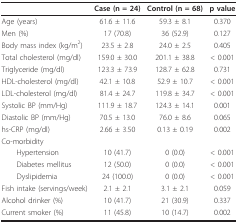
<table><thead><tr><td></td><td><b>Case (n = 24)</b></td><td><b>Control (n = 68)</b></td><td><b>p value</b></td></tr></thead><tbody><tr><td>Age (years)</td><td>61.6 ± 11.6</td><td>59.3 ± 8.1</td><td>0.370</td></tr><tr><td>Men (%)</td><td>17 (70.8)</td><td>36 (52.9)</td><td>0.127</td></tr><tr><td>Body mass index (kg/m<sup>2</sup>)</td><td>23.5 ± 2.8</td><td>24.0 ± 2.5</td><td>0.405</td></tr><tr><td>Total cholesterol (mg/dl)</td><td>159.0 ± 30.0</td><td>201.1 ± 38.8</td><td>&lt; 0.001</td></tr><tr><td>Triglyceride (mg/dl)</td><td>123.3 ± 73.9</td><td>128.7 ± 62.8</td><td>0.731</td></tr><tr><td>HDL-cholesterol (mg/dl)</td><td>42.1 ± 10.8</td><td>52.9 ± 10.7</td><td>&lt; 0.001</td></tr><tr><td>LDL-cholesterol (mg/dl)</td><td>81.4 ± 24.7</td><td>119.8 ± 34.7</td><td>&lt; 0.001</td></tr><tr><td>Systolic BP (mm/Hg)</td><td>111.9 ± 18.7</td><td>124.3 ± 14.1</td><td>0.001</td></tr><tr><td>Diastolic BP (mm/Hg)</td><td>70.5 ± 13.0</td><td>76.0 ± 8.6</td><td>0.065</td></tr><tr><td>hs-CRP (mg/dl)</td><td>2.66 ± 3.50</td><td>0.13 ± 0.19</td><td>0.002</td></tr><tr><td>Co-morbidity</td><td></td><td></td><td></td></tr><tr><td> Hypertension</td><td>10 (41.7)</td><td>0 (0.0)</td><td>&lt; 0.001</td></tr><tr><td> Diabetes mellitus</td><td>12 (50.0)</td><td>0 (0.0)</td><td>&lt; 0.001</td></tr><tr><td> Dyslipidemia</td><td>24 (100.0)</td><td>0 (0.0)</td><td>&lt; 0.001</td></tr><tr><td>Fish intake (servings/week)</td><td>2.1 ± 2.1</td><td>3.1 ± 2.1</td><td>0.059</td></tr><tr><td>Alcohol drinker (%)</td><td>10 (41.7)</td><td>21 (30.9)</td><td>0.337</td></tr><tr><td>Current smoker (%)</td><td>11 (45.8)</td><td>10 (14.7)</td><td>0.002</td></tr></tbody></table>